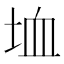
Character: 𡋒